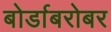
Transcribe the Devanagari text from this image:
बोर्डाबरोबर